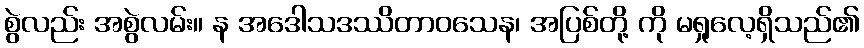
စွဲလည်း အစွဲလမ်း။ န အဒေါသဒဿိတာဝသေန၊ အပြစ်တို့ ကို မရှုလေ့ရှိသည်၏